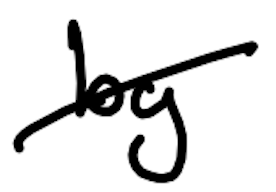
Text: by
Cross-out: diagonal
Writing tool: digital_black